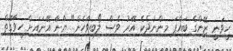
ހީވަނީ ޒޭންގެ ބައްޕަ މިންނުދެކެ އޭރު ވެސް ލޯބިވާހެން" ޔާނާ އޭނައަށް ހީވާގޮތް